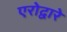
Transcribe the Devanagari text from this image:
एरोद्वारे